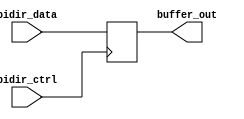
module io_buffer (
    input wire bidir_data,
    input wire bidir_ctrl,
    output reg buffer_out
);

always @(posedge bidir_ctrl)
begin
    if (bidir_ctrl == 1'b0) // input mode
    begin
        buffer_out <= bidir_data;
    end
    else // output mode
    begin
        buffer_out <= #10 bidir_data; // Delay element for signal synchronization
    end
end

endmodule